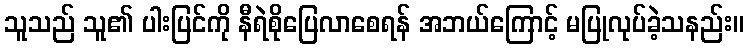
သူသည် သူ၏ ပါးပြင်ကို နီရဲစိုပြေလာစေရန် အဘယ်ကြောင့် မပြုလုပ်ခဲ့သနည်း။